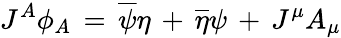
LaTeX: J^{A}\phi_{A}\, =\, \overline{{\psi}}\eta\, +\, \overline{{\eta}}\psi\, +\, J^{\mu}A_{\mu}